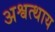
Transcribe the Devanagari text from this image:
अश्वत्थाय